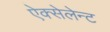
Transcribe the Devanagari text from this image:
ऐक्सेलेन्ट